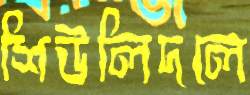
শিউলিদলে